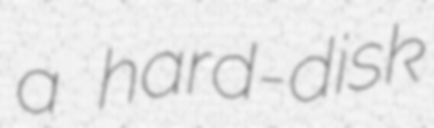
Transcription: a hard-disk